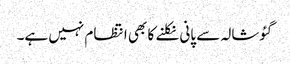
گئوشالہ سے پانی نکلنے کا بھی انتظام نہیں ہے۔